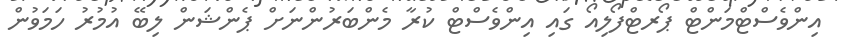
އިންވެސްޓްމަންޓް ޕޯރޓްފޯލިއޯ ގައި އިންވެސްޓް ކުރާ މެންބަރުންނަށް ޕެންޝަން ލިބޭ އުމުރު ހަމަވުން